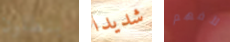
بنطلون شديدا لأفهم